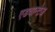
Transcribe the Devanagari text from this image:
एडवान्टेज